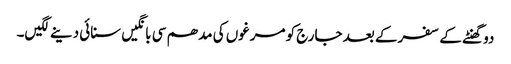
دو گھنٹے کے سفر کے بعد جارج کو مرغوں کی مدھم سی بانگیں سنائی دینے لگیں۔